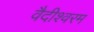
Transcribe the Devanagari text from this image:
वैदीश्वरम